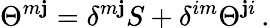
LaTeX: \Theta^{m\mathbf{j}}=\delta^{m\mathbf{j}}S+\delta^{im}\Theta^{\mathbf{j}i}\, .